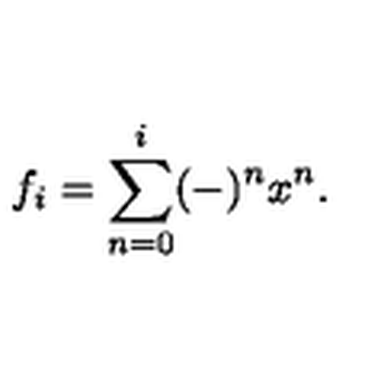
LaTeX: f _ { i } = \sum _ { n = 0 } ^ { i } ( - ) ^ { n } x ^ { n } .